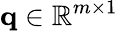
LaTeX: \textbf{q}\in\mathbb{R}^{m\times 1}